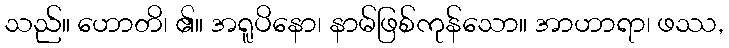
သည်။ ဟောတိ၊ ၏။ အရူပိနော၊ နာမ်ဖြစ်ကုန်သော။ အာဟာရာ၊ ဖဿ,